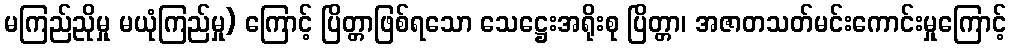
မကြည်ညိုမှု မယုံကြည်မှု) ကြောင့် ပြိတ္တာဖြစ်ရသော သေဋ္ဌေးအရိုးစု ပြိတ္တာ၊ အဇာတသတ်မင်းကောင်းမှုကြောင့်